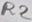
Text: R2